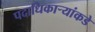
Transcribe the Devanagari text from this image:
पदाधिकार्‍यांकडे